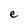
Character: e